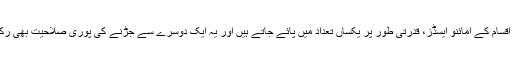
ان دونوں اقسام کے امائنو ایسڈز، قدرتی طور پر یکساں تعداد میں پائے جاتے ہیں اور یہ ایک دوسرے سے جڑنے کی پوری صلاحیت بھی رکھتے ہیں۔